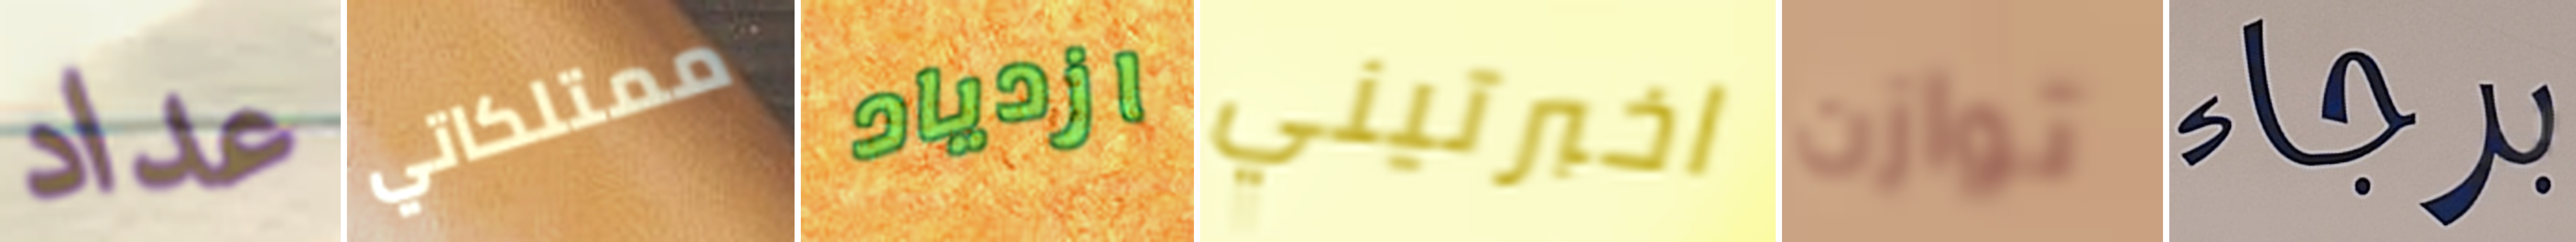
عداد ممتلكاتي ازدياد اخبرتيني توازن برجاء